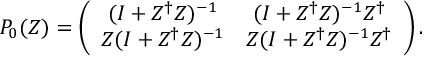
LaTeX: P _ { 0 } ( Z ) = \left( \begin{array} { c c } { { ( I + Z ^ { \dag } Z ) ^ { - 1 } } } & { { ( I + Z ^ { \dag } Z ) ^ { - 1 } Z ^ { \dag } } } \\ { { Z ( I + Z ^ { \dag } Z ) ^ { - 1 } } } & { { Z ( I + Z ^ { \dag } Z ) ^ { - 1 } Z ^ { \dag } } } \end{array} \right) .